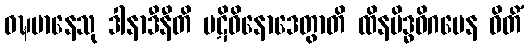
ဝဍ္ဎမာနေသု ဒါနာဒီနီတိ ပဋိဝိနောဒေတွာတိ ထိနမိဒ္ဓဝိဂမေန ဓိတိံ